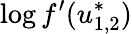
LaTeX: \log f^{\prime}(u_{1,2}^{*})